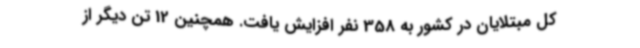
کل مبتلایان در کشور به 358 نفر افزایش یافت. همچنین 12 تن دیگر از